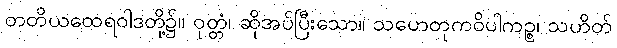
တတိယထေရဝါဒတို့၌။ ဝုတ္တံ၊ ဆိုအပ်ပြီးသော။ သဟေတုကဝိပါကဉ္စ၊ သဟိတ်